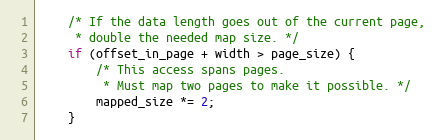
Language: C
    /* If the data length goes out of the current page,
     * double the needed map size. */
    if (offset_in_page + width > page_size) {
        /* This access spans pages.
         * Must map two pages to make it possible. */
        mapped_size *= 2;
    }